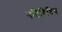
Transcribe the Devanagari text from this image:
गतिविधिय